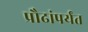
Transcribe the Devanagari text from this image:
प्रौढांपर्यंत